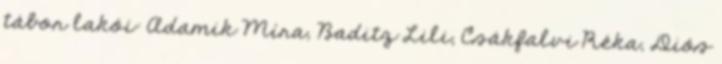
tábor lakói: Adamik Míra, Baditz Lili, Csákfalvi Réka, Diós